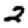
Digit: 2